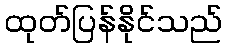
ထုတ်ပြန်နိုင်သည်